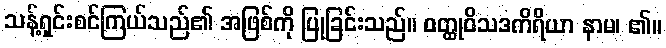
သန့်ရှင်းစင်ကြယ်သည်၏ အဖြစ်ကို ပြုခြင်းသည်။ ဝတ္ထုဝိသဒကိရိယာ နာမ၊ ၏။